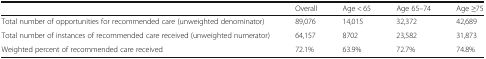
<table><thead><tr><td></td><td><b>Overall</b></td><td><b>Age &lt; 65</b></td><td><b>Age 65–74</b></td><td><b>Age ≥75</b></td></tr></thead><tbody><tr><td>Total number of opportunities for recommended care (unweighted denominator)</td><td>89,076</td><td>14,015</td><td>32,372</td><td>42,689</td></tr><tr><td>Total number of instances of recommended care received (unweighted numerator)</td><td>64,157</td><td>8702</td><td>23,582</td><td>31,873</td></tr><tr><td>Weighted percent of recommended care received</td><td>72.1%</td><td>63.9%</td><td>72.7%</td><td>74.8%</td></tr></tbody></table>